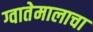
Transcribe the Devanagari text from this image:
ग्वातेमालाचा